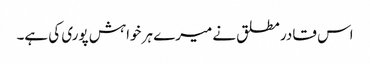
اس قادر مطلق نے میرے ہر خواہش پوری کی ہے۔